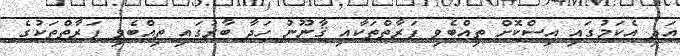
އަދި އެކަމުގައި އިސްކޮށް ތިއްބެވި ފަރާތްތަކާއި ޤާނޫނު ހަދާ ބާރުގައި ތިއްބެވި ފަރާތްތަކުގެ